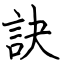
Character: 訣